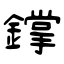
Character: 鐣